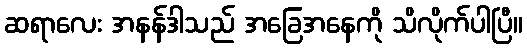
ဆရာလေး အနန်ဒါသည် အခြေအနေကို သိလိုက်ပါပြီ။